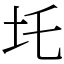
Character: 圫